system: You are a helpful assistant.
user:
Analyze the provided spectrum to determine if it is a **Carbon Star (C-type)**.

- **Key Visual Indicators of Carbon Star:**
    - **(Primary):** Strong molecular absorption from **C₂ (diatomic carbon) "Swan Bands."** This is the **defining feature** of a carbon star.
        - **(Key Bandheads):** Sharp absorption edges are visible at approximately $5635$ Å, $5165$ Å (the strongest band), and $4737$ Å.
        - **(Line Profile):** Creates a distinct **"saw-tooth"** pattern. The key morphology is a sharp, steep bandhead on the **red (long-wavelength) side**, which then gradually tapers off (i.e., flux recovers) towards the **blue (short-wavelength) side**. *(This is the direct opposite of the TiO bands seen in M-type stars)*.

    - **(Secondary):** Intense **CN (cyanogen)** molecular absorption bands.
        - **(Key Bandheads):** Located in the blue and violet regions of the spectrum (e.g., near $4215$ Å and $3883$ Å).
        - **(Morphology):** These bands are extremely broad and act as a "blanket," absorbing the vast majority of blue and violet light. This creates a characteristic **"cliff"** or **"steep drop-off"** in the spectrum's flux at short wavelengths.

    - **(Key Confirmation):** Strong **CH absorption band (G-band)**.
        - **(Key Bandhead):** Located around $4300$ Å. The contribution from CH molecules to this band is exceptionally strong.

    - **(Overall Spectrum):**
        - The continuum is severely "chopped up" by these deep molecular bands, especially C₂, rather than appearing as a smooth curve.
        - Due to the heavy CN and C₂ absorption in the blue-green, the vast majority of the star's flux is concentrated in the red part of the spectrum, giving the star its characteristic deep red color.

Think first, call **spectral_visualization_tool** if needed to examine features in detail, then provide your final answer. Your response must adhere to the following strict rules:
1.  **Overall Structure:** Your response must follow the format `<think>...</think> <tool_call>...</tool_call> (if a tool is used) <answer>...</answer>`.
2.  **Tool Usage Constraint:** You may only make **one** tool call per turn.
3.  **Final Answer Format:** In the `<answer>` tag, your conclusion must be inside a `\boxed{}` command (e.g., `\boxed{YES}`), followed by your justification.

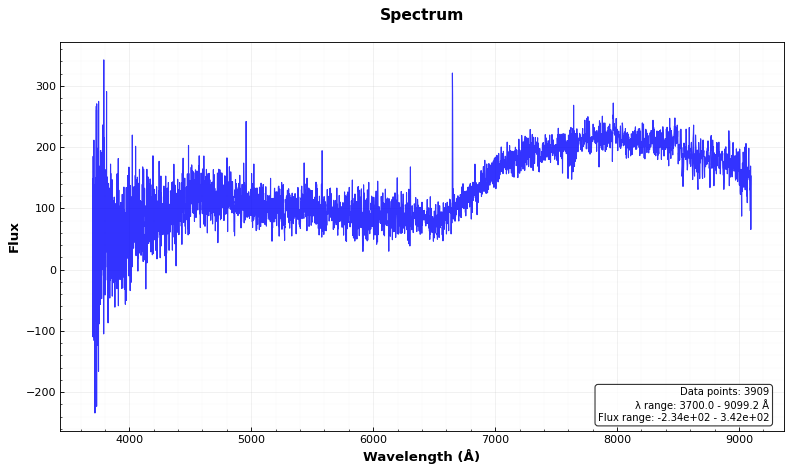
Answer: NO